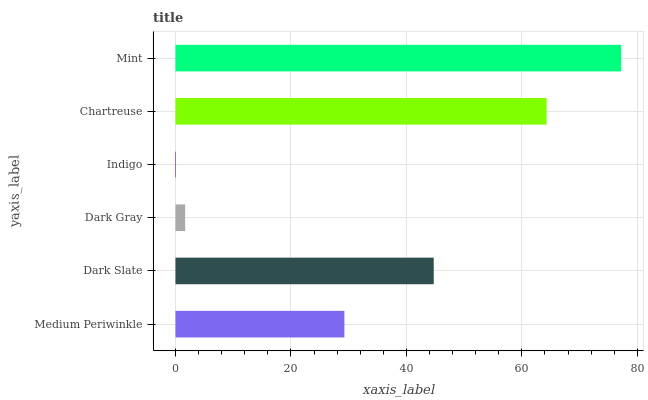
| yaxis_label | bars |
 | --- | --- |
 | Medium Periwinkle | 29.3 |
 | Dark Slate | 44.7 |
 | Dark Gray | 1.68 |
 | Indigo | 0.087 |
 | Chartreuse | 64.3 |
 | Mint | 77.2 |